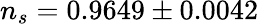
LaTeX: n_{s}=0.9649\pm 0.0042